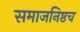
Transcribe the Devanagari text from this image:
समाजनिष्ठच